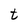
Character: t